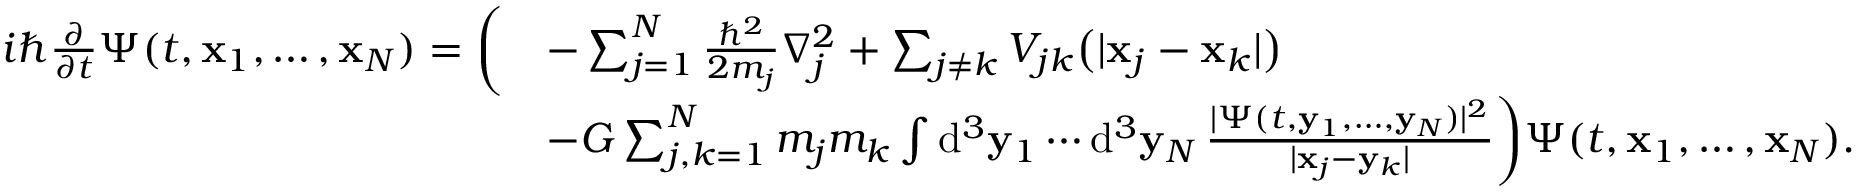
{ \begin{array} { r l } { i \hbar { \frac { \partial } { \partial t } } \Psi ( t , \mathbf { x } _ { 1 } , \dots , \mathbf { x } _ { N } ) = { \bigg ( } } & { - \sum _ { j = 1 } ^ { N } { \frac { \hbar ^ { 2 } } { 2 m _ { j } } } \nabla _ { j } ^ { 2 } + \sum _ { j \neq k } V _ { j k } { \big ( } | \mathbf { x } _ { j } - \mathbf { x } _ { k } | { \big ) } } \\ & { - G \sum _ { j , k = 1 } ^ { N } m _ { j } m _ { k } \int \mathrm { d } ^ { 3 } \mathbf { y } _ { 1 } \cdots \mathrm { d } ^ { 3 } \mathbf { y } _ { N } \, { \frac { | \Psi ( t , \mathbf { y } _ { 1 } , \dots , \mathbf { y } _ { N } ) | ^ { 2 } } { | \mathbf { x } _ { j } - \mathbf { y } _ { k } | } } { \bigg ) } \Psi ( t , \mathbf { x } _ { 1 } , \dots , \mathbf { x } _ { N } ) . } \end{array} }